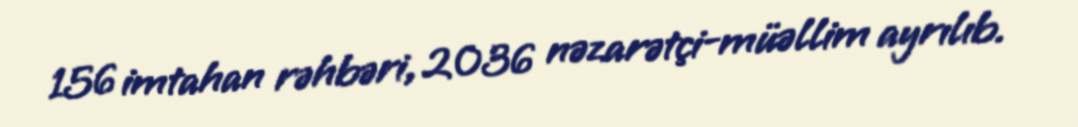
156 imtahan rəhbəri, 2036 nəzarətçi-müəllim ayrılıb.